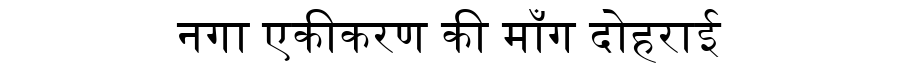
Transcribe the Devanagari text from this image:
नगा एकीकरण की माँग दोहराई